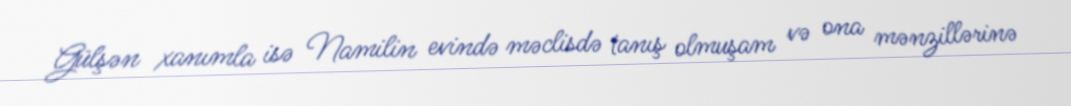
Gülşən xanımla isə Namilin evində məclisdə tanış olmuşam və ona mənzillərinə